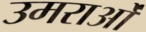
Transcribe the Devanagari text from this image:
उमराओं